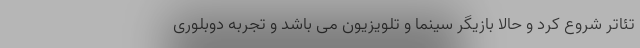
تئاتر شروع کرد و حالا بازیگر سینما و تلویزیون می باشد و تجربه دوبلوری